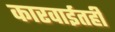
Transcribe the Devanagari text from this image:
कारवाईतही